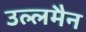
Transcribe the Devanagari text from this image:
उल्लमैन